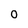
Character: 0